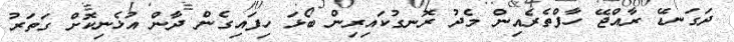
ދަގަނޑޭ ރާއްޖޭ ހާފްތެރެއިން މެދު ރޮނގުކައިރިން ބޯޅަ ހިފައިގެން ދާން އުޅެނިކޮށް ގަތަރު